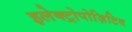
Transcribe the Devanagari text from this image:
इलेक्ट्रोपोज़िटिव